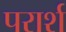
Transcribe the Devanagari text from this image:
परार्श